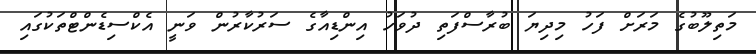
މަތިލޫބުގެ މަރަށް ފަހު މިދިޔަ ބުރާސްފަތި ދުވަހު އިންޑިއާގެ ސަރުކާރުން ވަނީ އެކްސިޑެންޓްތަކުގައި